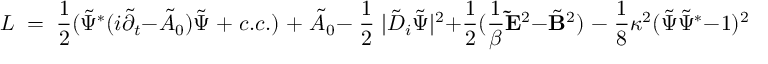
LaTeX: { \cal L } \; = \; { \frac { 1 } { 2 } } ( \tilde { \Psi } \sp \ast ( i \tilde { \partial } _ { t } - \tilde { A } _ { 0 } ) \tilde { \Psi } \; + \; c . c . ) \; + \; \tilde { A } _ { 0 } - \; { \frac { 1 } { 2 } } \; | \tilde { D } _ { i } \tilde { \Psi } | ^ { 2 } + { \frac { 1 } { 2 } } ( { \frac { 1 } { \beta } } { \bf \tilde { E } } \sp 2 - \tilde { \bf B } \sp 2 ) \; - \; { \frac { 1 } { 8 } } \kappa \sp 2 ( \tilde { \Psi } \tilde { \Psi } \sp \ast - 1 ) \sp 2